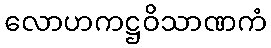
လောဟကဋ္ဌဝိသာဏကံ